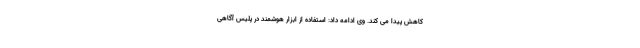
کاهش پیدا می کند. وی ادامه داد: استفاده از ابزار هوشمند در پلیس آگاهی